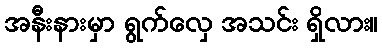
အနီးနားမှာ ရွက်လှေ အသင်း ရှိလား။